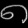
Digit: ၈